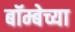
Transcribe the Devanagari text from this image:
बॉम्बेच्या